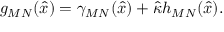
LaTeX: g _ { M N } ( \hat { x } ) = \gamma _ { M N } ( \hat { x } ) + \hat { \kappa } h _ { M N } ( \hat { x } ) .